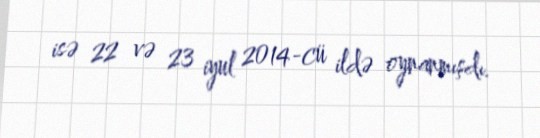
isə 22 və 23 iyul 2014-cü ildə oynanmışdı.